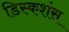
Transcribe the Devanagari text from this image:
डिस्कशंस